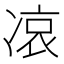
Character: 𠗪